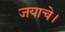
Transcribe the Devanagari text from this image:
जयाचे।